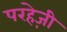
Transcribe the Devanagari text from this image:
परहेज़ी